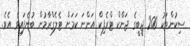
ސިކުންތަކު 200 ޖީބީގެ ޖަންކް ޓްރެފިކް އަންނަ ކަމަށް ޓެލެގްރާމުން ބުނެފައިވެ އެވެ.